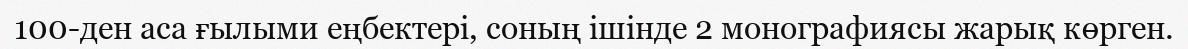
100-ден аса ғылыми еңбектері, соның ішінде 2 монографиясы жарық көрген.